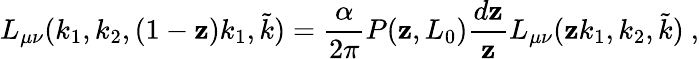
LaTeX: L_{\mu\nu}(k_{1},k_{2},(1-\mathbf{z})k_{1},\tilde{{k}})=\frac{{\alpha}}{{2\pi}}P(\mathbf{z},L_{0})\frac{{d\mathbf{z}}}{{\mathbf{z}}}L_{\mu\nu}(\mathbf{z}k_{1},k_{2},\tilde{{k}})\ ,